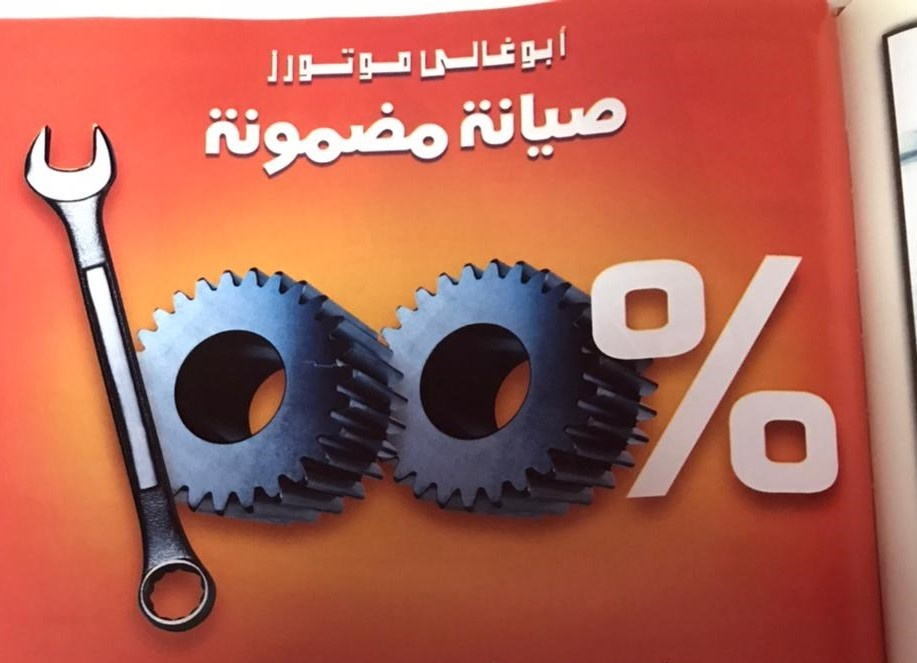
Text in image: أبوغالى موتورز صيانة مضمونة %